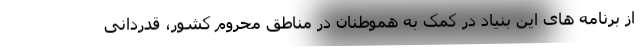
از برنامه های این بنیاد در کمک به هموطنان در مناطق محروم کشور، قدردانی